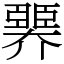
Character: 臩